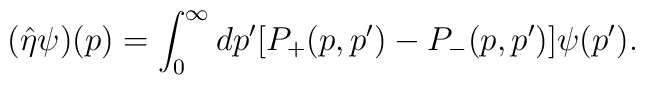
(\hat{\eta}\psi)(p) = \int_0^\infty dp' [P_+(p,p') - P_-(p,p')]\psi(p').